65_HS1-834228961_62-HQ-83894_Section_5
Agency: FBI
Page 183
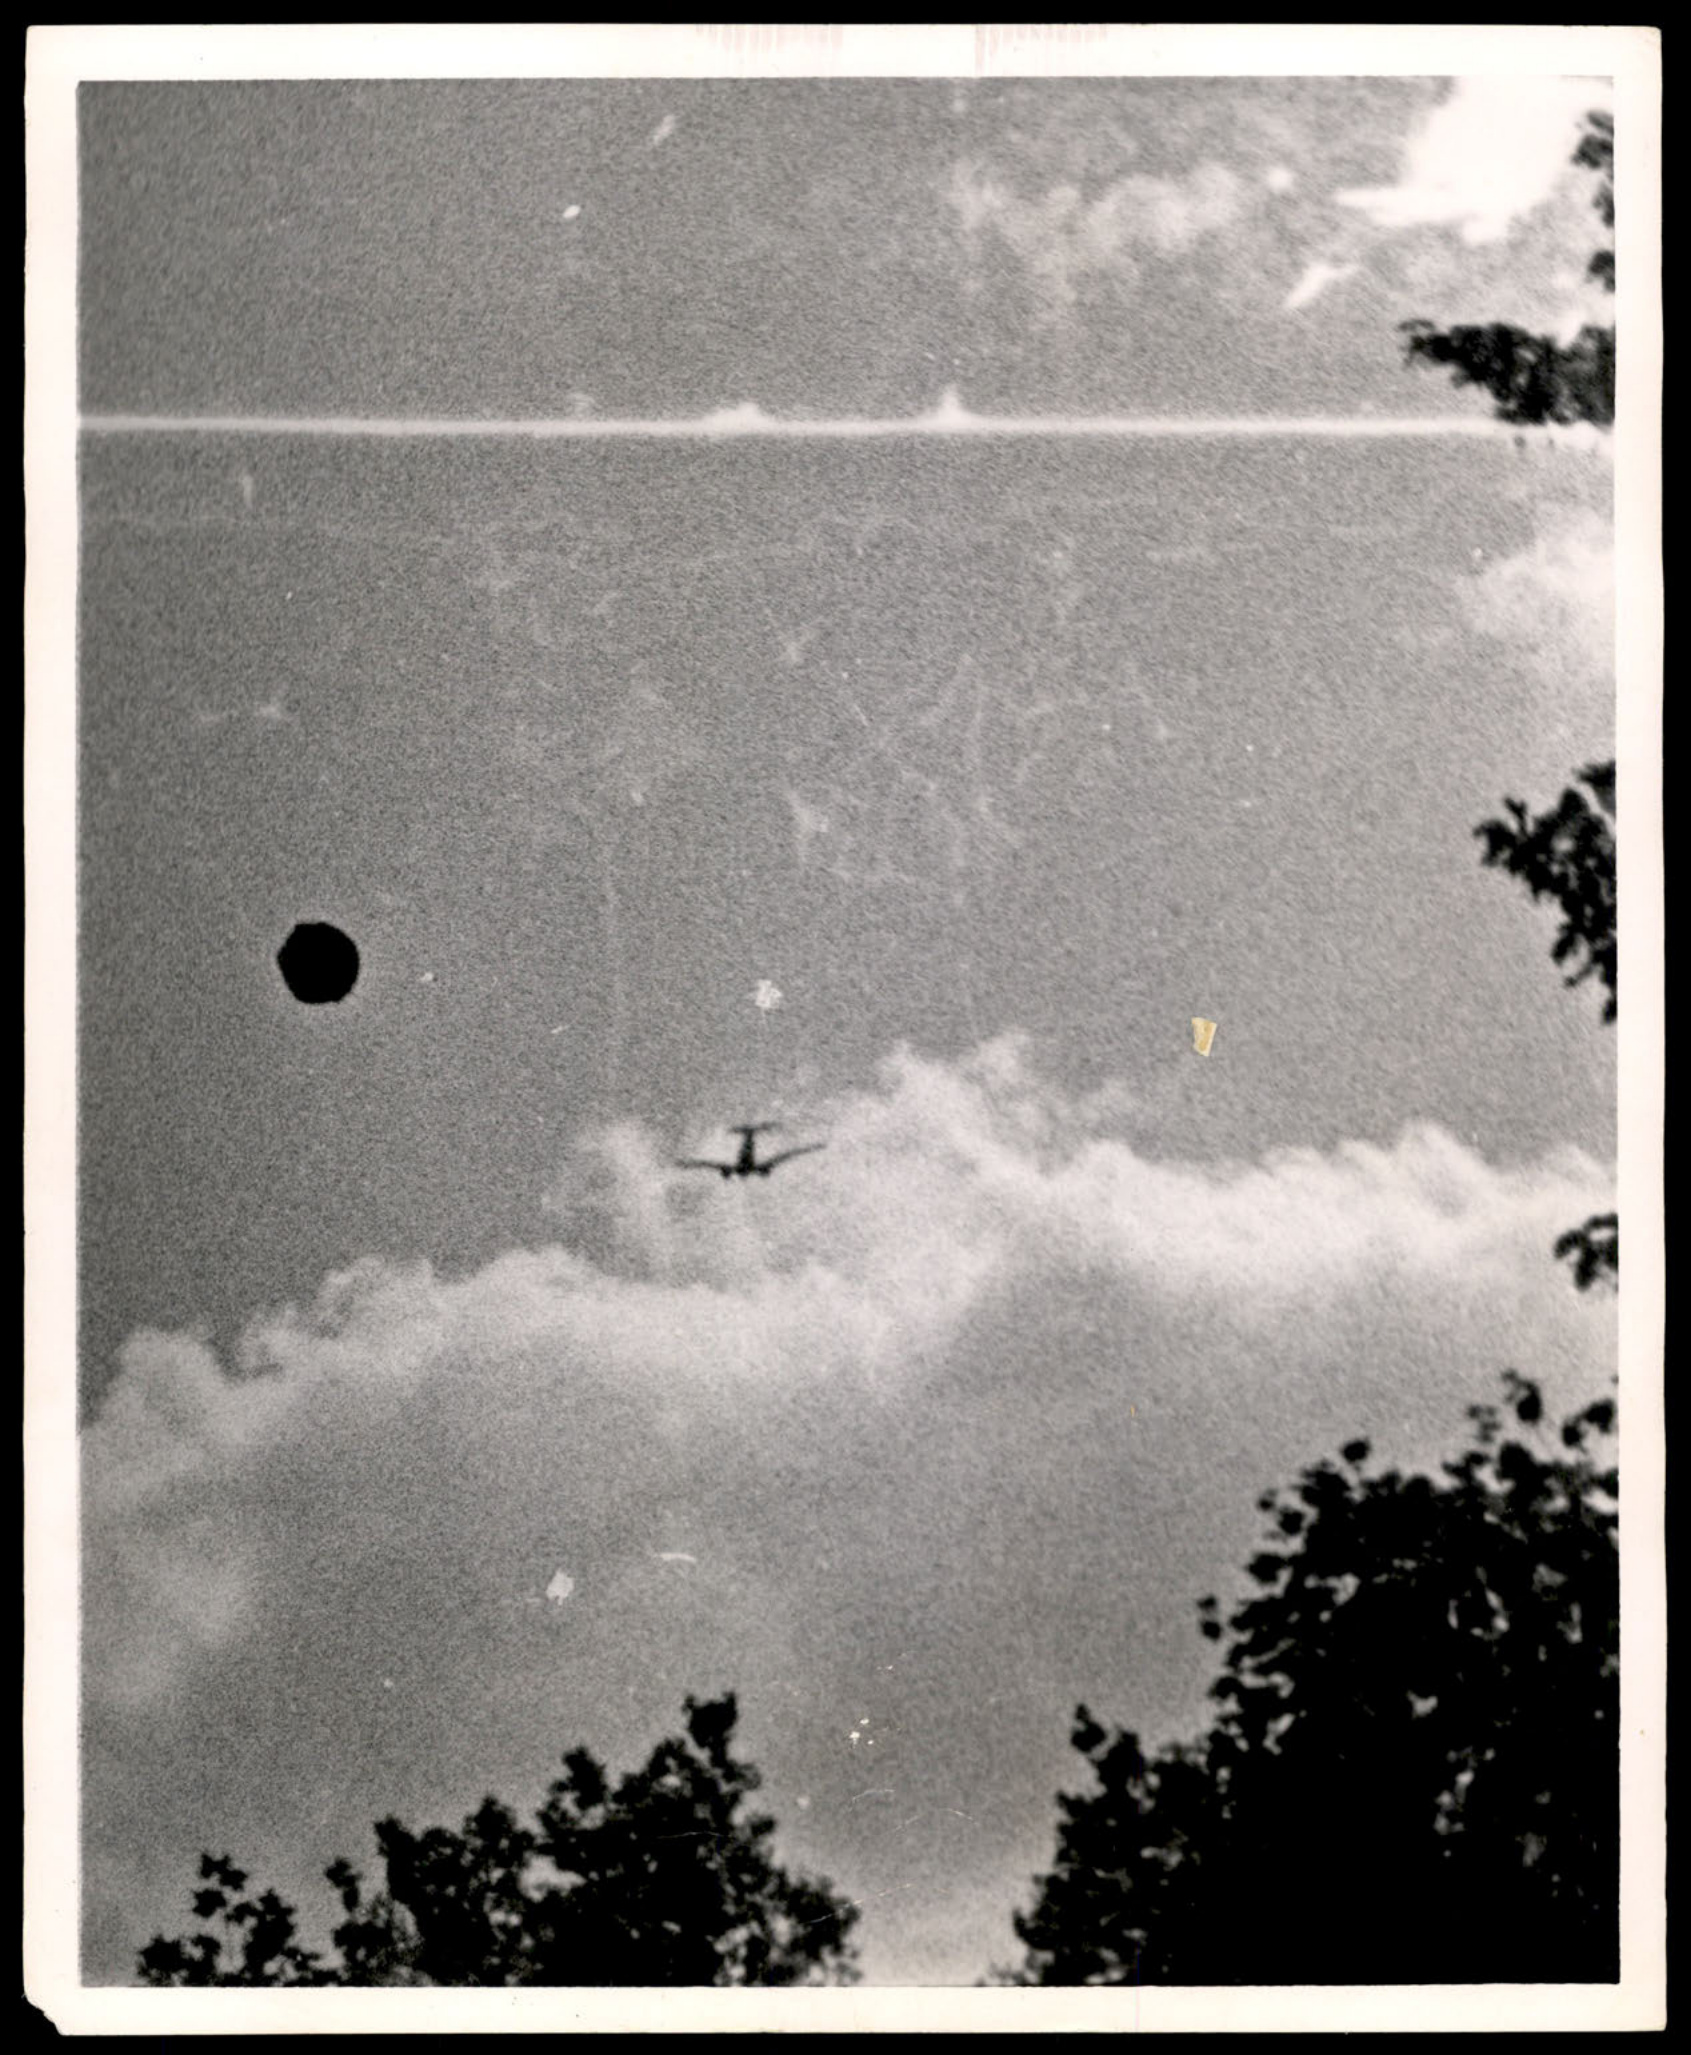